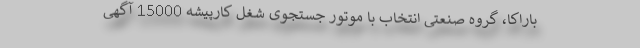
باراکا، گروه صنعتی انتخاب با موتور جستجوی شغل کارپیشه 15000 آگهی